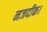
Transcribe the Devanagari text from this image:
नजदीक।